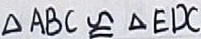
\Delta A B C \cong \Delta E D C